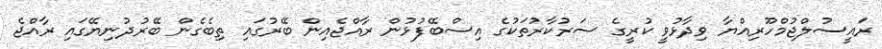
ރައީސުލްޖުމްހޫރިއްޔާ ވިދާޅުވީ ކުރީގެ ސަރުކާރުތަކުގެ އިސްބޭފުޅުން ރާއްޖެއިން ބޭރުގައި ތިބެގެން ބޭރުދުނިޔޭގައި ރާއްޖެ